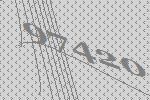
97420